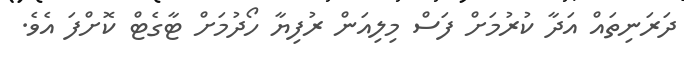
ދަރަނިތައް އަދާ ކުރުމަށް ފަސް މިލިއަން ރުފިޔާ ހޯދުމަށް ޓާގެޓް ކޮށްފަ އެވެ.